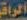
الراق